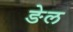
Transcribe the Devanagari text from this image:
ङेल